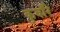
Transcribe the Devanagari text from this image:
कुवाँरे